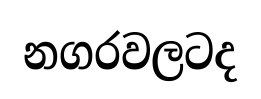
නගරවලටද